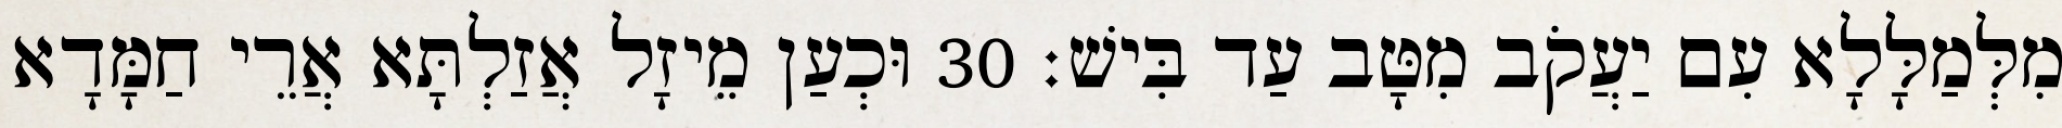
מִלְּמַלָּלָא עִם יַעֲקֹב מִטָּב עַד בִּישׁ׃ 30 וּכְעַן מֵיזָל אֲזַלְתָּא אֲרֵי חַמָּדָא